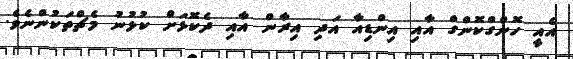
އެއީ ހޮންގްކޮންގް އާއި އިންޑިއާ އަދި އިރާން އާއި ދެކޮޅަށް ކުޅުނު މެޗްތަކުންނެވެ.